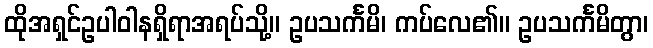
ထိုအရှင်ဥပါဝါနရှိရာအရပ်သို့။ ဥပသင်္ကမိ၊ ကပ်လေ၏။ ဥပသင်္ကမိတွာ၊